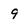
Character: 9